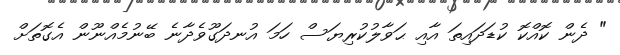
" ދެން ކޮއްކޮ ކުޑަދައިތަ އާއި ޙަވާލުކުރިޔަސް ހަމަ އުނދަގޫވެދާނެ ބޭނުމެއްނޫން އެގޮތަށް